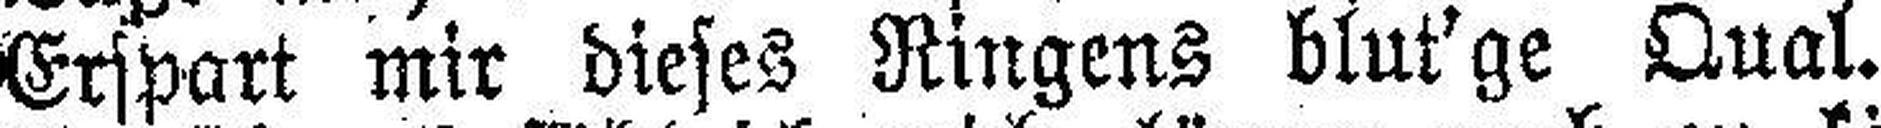
Erspart mir dieses Ringens blut'ge Qual.